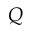
Q